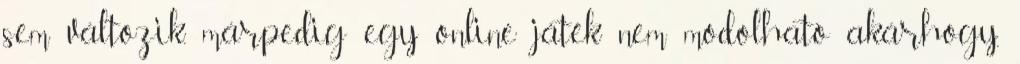
sem változik, márpedig egy online játék nem modolható akárhogy,